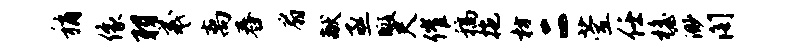
稍像羽羲离舂扇献亟暇尺催稿拖枋二萱任檐渺阁